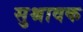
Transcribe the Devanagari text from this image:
सुश्रावक